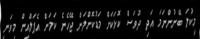
މިކުލަ ބޭނުންނަމަ އަދި ދުވަސް ކޮޅަކަށް މަޑުކޮށްލަން ޖޭހެނެ ކަމަށް އެޕަލްއިން މިވަނީ